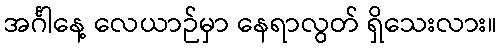
အင်္ဂါနေ့ လေယာဉ်မှာ နေရာလွတ် ရှိသေးလား။